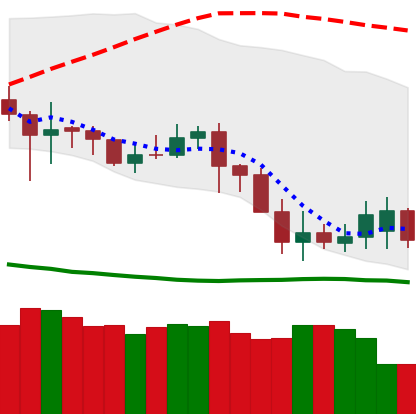
Ticker: DOGE-USD
Chart end date: 2020-07-03
Forward return: 105.095%
Label: up_7plus